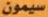
سيمون